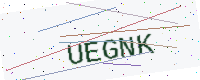
Text: UEGNK